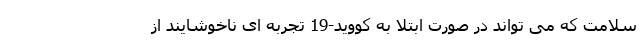
سلامت که می تواند در صورت ابتلا به کووید-19 تجربه ای ناخوشایند از